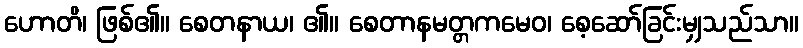
ဟောတိ၊ ဖြစ်၏။ စေတနာယ၊ ၏။ စေတာနမတ္တကမေဝ၊ စေ့ဆော်ခြင်းမျှသည်သာ။